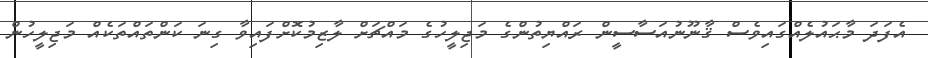
އެފަދަ މާޙައުލެއްގައިވެސް ޤާނޫނުއަސާސީން ރައްޔިތުންގެ މަޖިލީހުގެ މައްޗަށް ލާޒިމުކޮށްފައިވާ ގިނަ ކަންތައްތަކެއް މަޖިލީހުން